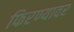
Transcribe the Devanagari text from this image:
फिरण्यावर